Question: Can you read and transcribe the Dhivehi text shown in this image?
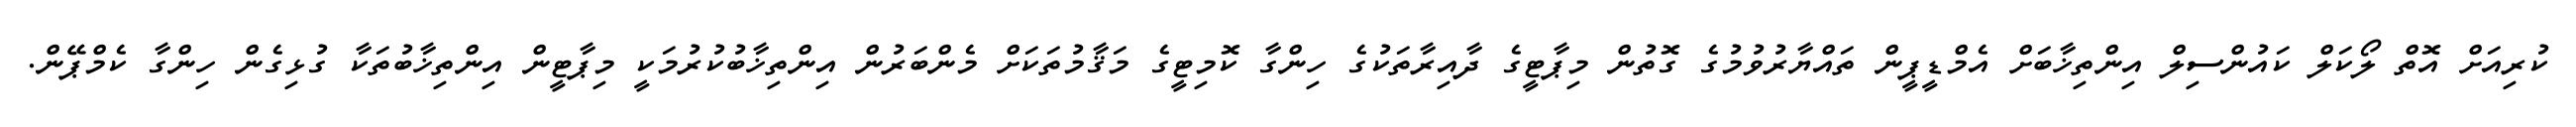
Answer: ކުރިއަށް އޮތް ލޯކަލް ކައުންސިލް އިންތިޚާބަށް އެމްޑީޕީން ތައްޔާރުވުމުގެ ގޮތުން މިޕާޓީގެ ދާއިރާތަކުގެ ހިންގާ ކޮމިޓީގެ މަޤާމުތަކަށް މެންބަރުން އިންތިޚާބުކުރުމަކީ މިޕާޓީން އިންތިޚާބުތަކާ ގުޅިގެން ހިންގާ ކެމްޕޭން.